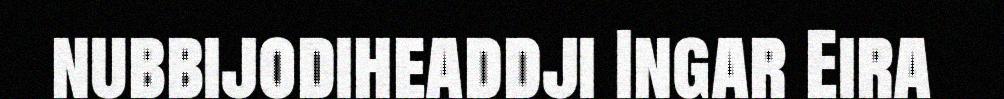
nubbijodiheaddji Ingar Eira